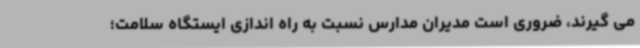
می گیرند، ضروری است مدیران مدارس نسبت به راه اندازی ایستگاه سلامت؛